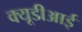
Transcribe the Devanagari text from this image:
क्यूडीआई